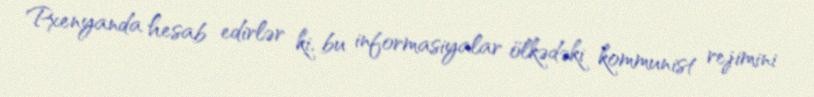
Pxenyanda hesab edirlər ki, bu informasiyalar ölkədəki kommunist rejimini